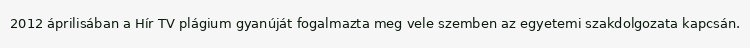
2012 áprilisában a Hír TV plágium gyanúját fogalmazta meg vele szemben az egyetemi szakdolgozata kapcsán.